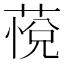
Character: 𰱭